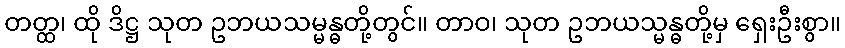
တတ္ထ၊ ထို ဒိဋ္ဌ သုတ ဥဘယသမ္မန္ဓတို့တွင်။ တာဝ၊ သုတ ဥဘယသ္မန္ဓတို့မှ ရှေးဦးစွာ။